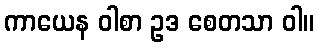
ကာယေန ဝါစာ ဥဒ စေတသာ ဝါ။